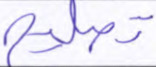
تصليح